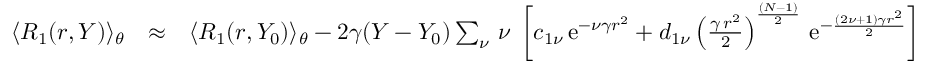
\begin{array} { r l r } { \langle R _ { 1 } ( r , Y ) \rangle _ { \theta } } & { \approx } & { \langle R _ { 1 } ( r , Y _ { 0 } ) \rangle _ { \theta } - 2 \gamma ( Y - Y _ { 0 } ) \sum _ { \nu } \, \nu \; \left[ c _ { 1 \nu } \, \mathrm { e } ^ { - \nu \gamma r ^ { 2 } } + d _ { 1 \nu } \left( { \frac { \gamma \, r ^ { 2 } } { 2 } } \right) ^ { \frac { ( N - 1 ) } { 2 } } \, \mathrm { e } ^ { - \frac { ( 2 \nu + 1 ) \gamma r ^ { 2 } } { 2 } } \right] } \end{array}